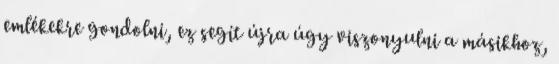
emlékekre gondolni, ez segít újra úgy viszonyulni a másikhoz,